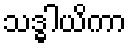
သဒ္ဓါယိကာ